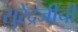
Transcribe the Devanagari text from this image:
सुरेंद्रजींची